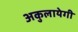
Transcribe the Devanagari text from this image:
अकुलायेगी